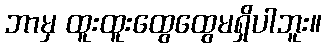
ဘာမှ ထူးထူးထွေထွေမရှိပါဘူး။